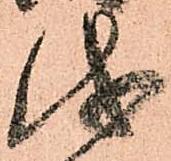
儀